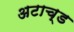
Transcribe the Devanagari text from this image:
अटाच्ड